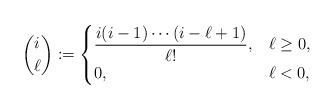
LaTeX: \begin{align*}\binom i\ell:=\begin{cases}\displaystyle \frac {i(i-1)\cdots(i-\ell+1)} {\ell!},&\ell\ge0,\\0,&\ell<0,\end{cases}\end{align*}